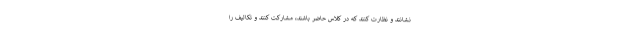
نشانند و نظارت کنند که در کلاس حاضر باشند، مشارکت کنند و تکالیف را